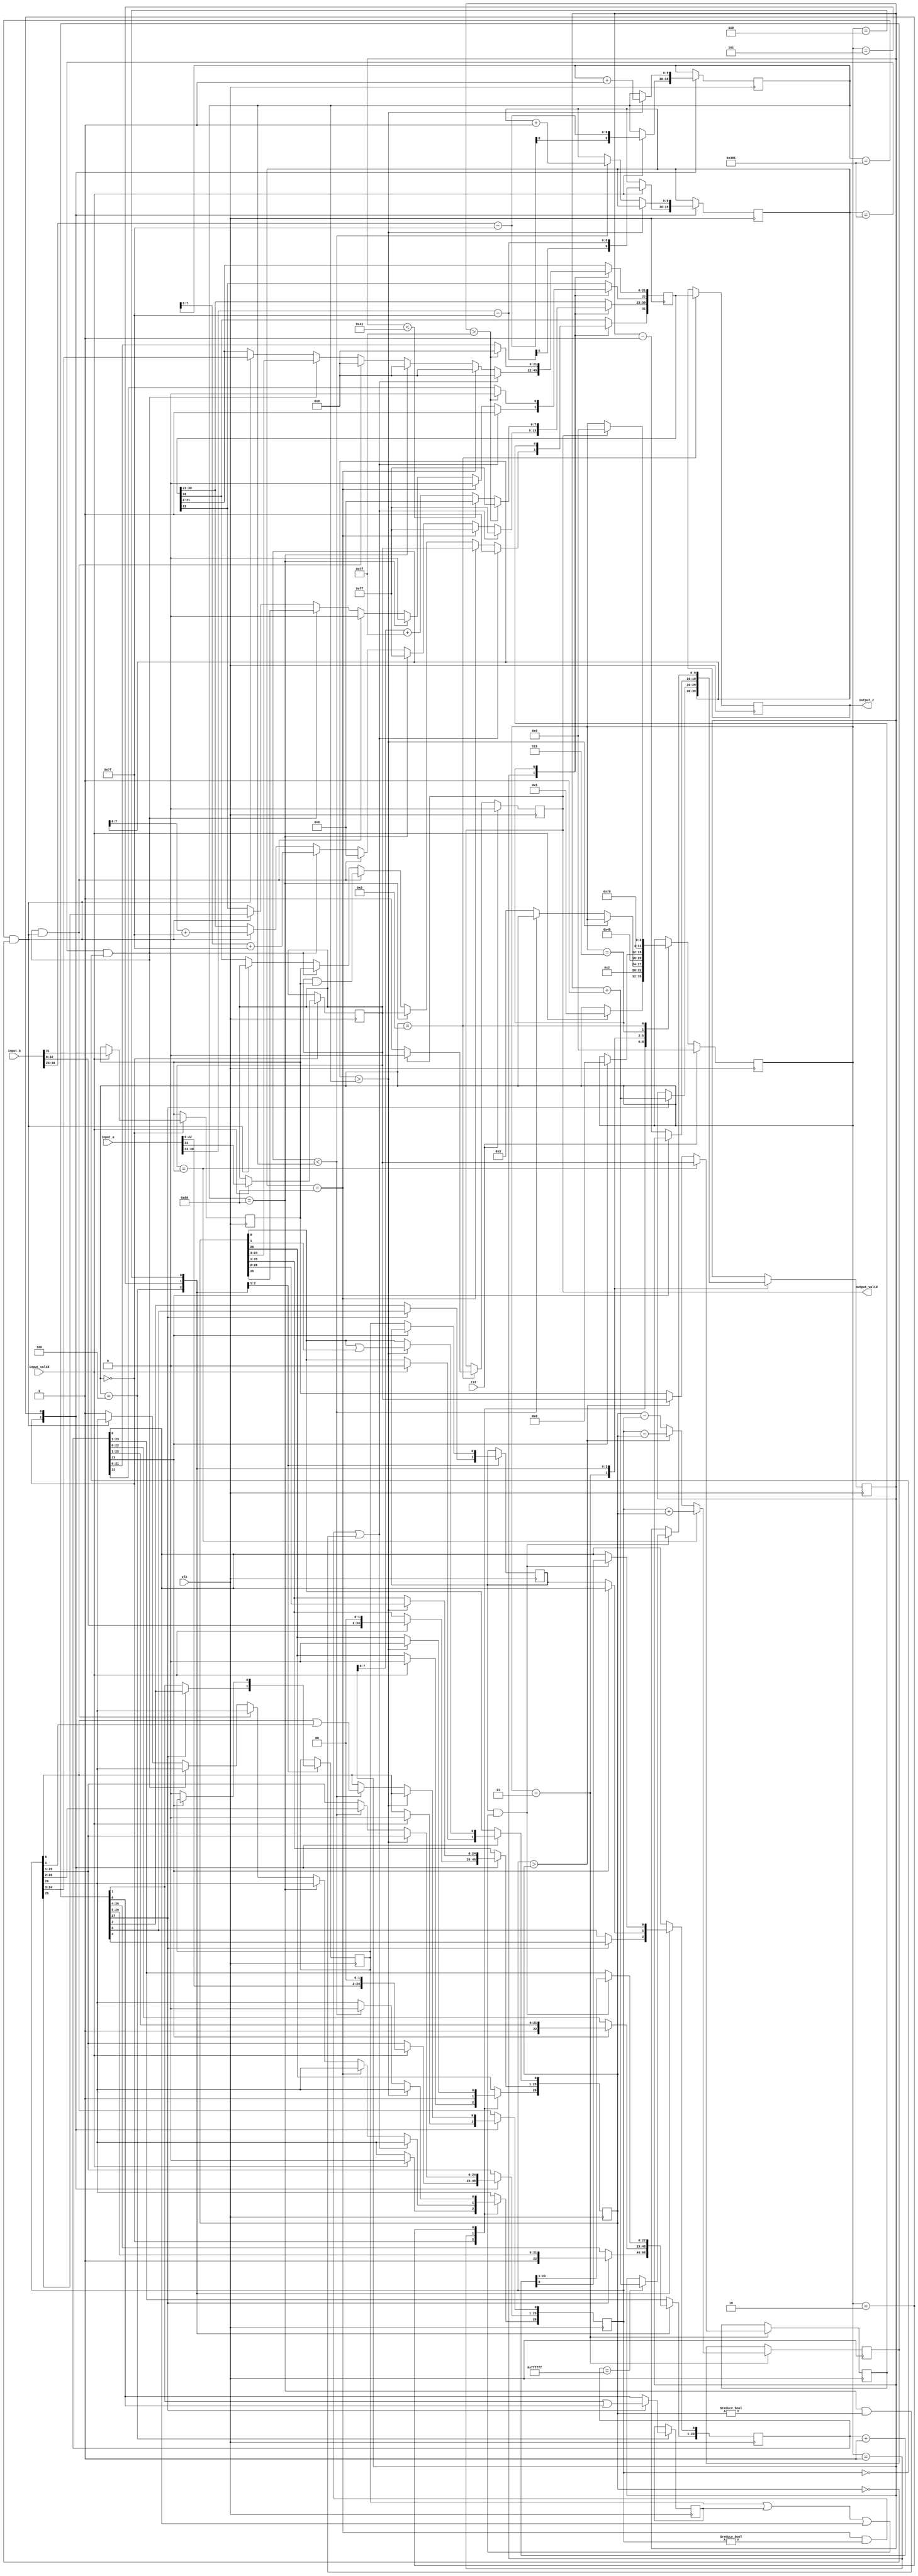
`timescale 1ns / 1ps
//////////////////////////////////////////////////////////////////////////////////
// Company: 
// 
// Design Name:    
// Module Name:    adder 
// Project Name: 
// Target Devices: 
// Tool versions: 
// Description: 
//
// Dependencies: 
//
// Revision: 
// Revision 0.01 - File Created
// Additional Comments: 
//thanks to JON DAWSON
//https://github.com/dawsonjon/fpu
//////////////////////////////////////////////////////////////////////////////////

module adder(
        input_a,//first input
        input_b,//second input
        input_valid,
        clk,
        rst,
        output_z,//output
        output_valid//output valid
       );

  input     clk;
  input     rst;
  //enter the parameters here
  parameter n = 32,
	    exponent = 8,
	    fraction = 23;

  input     [n-1:0] input_a;
  input     [n-1:0] input_b;
  input     input_valid;   
  
  

  output    [n-1:0] output_z;
  output    output_valid;


  reg       s_output_valid;
  reg       [n-1:0] s_output_z;


  reg       [3:0] state;
  
  parameter get_input     = 4'd0,
            special_cases = 4'd1,
            align         = 4'd2,
            add_0         = 4'd3,
            add_1         = 4'd4,
            normalise_1   = 4'd5,
            round         = 4'd6,
            pack          = 4'd7,   
            put_z         = 4'd8;

  reg       [n-1:0]z;
  reg       [fraction+3:0] a_m, b_m;
  reg       [fraction:0] z_m;
  reg       [exponent+1:0] a_e, b_e, z_e;
  reg       a_s, b_s, z_s;
  reg       guard, round_bit, sticky;
  reg       [fraction+4:0] sum;
  reg       flag;

  
 
  
  always @(posedge clk)
  begin

  case(state)
 //#########################################################################################################//
 //seperate both the numbers into mantissa,exponent and sign bits
 get_input:
  begin
   if(input_valid)
    begin
	a_m <= {input_a[(fraction-1): 0], 3'd0};//mantissa
 	b_m <= {input_b[(fraction-1) : 0], 3'd0};

	a_e <= input_a[fraction+exponent-1:fraction] - {(exponent-1){1'b1}}; //exponential - bias
 	b_e <= input_b[fraction+exponent-1:fraction] - {(exponent-1){1'b1}};
	    
 	a_s <= input_a[n-1];//sign bit
 	b_s <= input_b[n-1];
 
 state <= special_cases;
end 
end	
 //#########################################################################################################//
//consider the special cases that can affect the output 
special_cases:
 begin //1
 //if a is NaN or b is NaN return NaN 
 if ((a_e == {1'b1,{(exponent-1){1'b0}}} && a_m != 0) || b_e =={1'b1,{(exponent-1){1'b0}}} && b_m != 0)
 //all ones in exponent and not all 0s in mantissa would activate this
	begin
    z[n-1] <= 1;
    z[fraction+exponent-1:fraction] <= {exponent{1'b1}};
    z[fraction-1] <= 1;
    z[(fraction-2): 0] <= 0;
	 state <= put_z;   
	end
	
 //if a is infinity result is infinity
 else if (a_e == {1'b1,{(exponent-1){1'b0}}})
 //all ones in exponent and  all 0s in mantissa in a would activate this
 begin
  z[n-1] <= a_s;
  z[fraction+exponent-1:fraction] <= {exponent{1'b1}};
  z[fraction-1:0] <= 0;
  state <= put_z;
 end 
 
 //if b is infinity result is infinity	
 else if (b_e == {1'b1,{(exponent-1){1'b0}}})
 //all ones in exponent and  all 0s in mantissa in b would activate this
 begin
  z[n-1] <= a_s;
  z[fraction+exponent-1:fraction] <= {exponent{1'b1}};
  z[fraction-1:0] <= 0;
  state <= put_z;  
 end 
 
  //if a and b are zero return 0 
  else if ((($signed(a_e) == -{exponent-1{1'b1}}) && (a_m == 0)) && (($signed(b_e) == -{exponent-1{1'b1}}) && (b_m == 0)))
//all zeros in a and b would activate this  
  begin
          z[n-1] <= a_s & b_s;
          z[fraction+exponent-1:fraction] <= 0;
          z[fraction-1:0] <= 0;
          state <= put_z;
  end 
  //if a is zero return b 
  else if (($signed(a_e) == -{exponent-1{1'b1}}) && (a_m == 0)) 
  //all zeros in a would return b
  begin
          z[n-1] <= b_s;
          z[fraction+exponent-1:fraction] <= b_e[exponent-1:0] + {exponent-1{1'b1}};
          z[fraction-1:0] <= b_m[fraction+3:3];
          state <= put_z;
  end 
  
  //if b is zero return a 
  else if (($signed(b_e) == -{exponent-1{1'b1}}) && (b_m == 0))
  //all zeros in a would return b
  begin
          z[n-1] <= a_s;
          z[fraction+exponent-1:fraction] <= a_e[exponent-1:0] + {exponent-1{1'b1}};
          z[fraction-1:0] <= a_m[fraction+3:3];
          state <= put_z;
  end
  
  else   
			 a_m[fraction+3] <= 1;
			 b_m[fraction+3] <= 1;
			 state <= align;
  end
 //#########################################################################################################//
  //make the exponents of the two numbers same by increasing the power of the smaller number to match the power of the bigger number
align:
 begin
   if ($signed(a_e) > $signed(b_e)) begin
     b_e <= b_e + 1;
     b_m <= b_m >> 1;
     b_m[0] <= b_m[0] | b_m[1];
   end else if ($signed(a_e) < $signed(b_e)) begin
     a_e <= a_e + 1;
     a_m <= a_m >> 1;
     a_m[0] <= a_m[0] | a_m[1];
   end else begin
     state <= add_0;
   end
 end
 //#########################################################################################################//
  // Add the mantissa depending upon the sign bit 
add_0:
 begin
   z_e <= a_e;
   if (a_s == b_s) begin
     sum <= {1'd0, a_m} + b_m;
     z_s <= a_s;
   end else begin
     if (a_m > b_m) begin
       sum <= {1'd0, a_m} - b_m;
       z_s <= a_s;
     end else begin
       sum <= {1'd0, b_m} - a_m;
       z_s <= b_s;
     end
   end
   state <= add_1;
 end
//#########################################################################################################//
  //calculate the mantissa
add_1:
 begin
   if (sum[fraction+4]) begin
     z_m <= sum[fraction+4:4];
     guard <= sum[3];
     round_bit <= sum[2];
     sticky <= sum[1] | sum[0];
     z_e <= z_e + 1;
   end else begin
     z_m <= sum[fraction+3:3];
     guard <= sum[2];
     round_bit <= sum[1];
     sticky <= sum[0];
   end
   state <= normalise_1;
 end
//#########################################################################################################//
normalise_1:
  //normalise the number 
 begin
   if (z_m[fraction] == 0) begin
     z_e <= z_e - 1;
     z_m <= z_m << 1;
     z_m[0] <= guard;
     guard <= round_bit;
     round_bit <= 0;
   end else begin
     state <= round;
   end
 end
//#########################################################################################################//
round:
//round the number
 begin
   if (guard && (round_bit | sticky | z_m[0])) begin
     z_m <= z_m + 1;
     if (z_m == {(fraction+1){1'b1}}) begin
       z_e <=z_e + 1;
     end
   end
   state <= pack;    
 end
//#########################################################################################################//
//get the result in the output format  
pack:
 begin
  z[fraction-1:0] <= z_m[fraction-1:0];
  z[fraction+exponent-1:fraction] <= $signed(z_e) + $signed({1'b0,{(exponent-1){1'b1}}});
  z[n-1] <= z_s;
  if ($signed(z_e) < $signed({1'b1,{exponent-3{1'b0}},1'b1})) begin
	 flag <= 1;
    z[fraction+exponent-1:fraction] <= 0;   
  end
 //if overflow occurs, return inf
 if ($signed(z_e)> $signed({1'b0,{(exponent-1){1'b1}}})) begin
   z[fraction-1:0] <= 0;
   z[fraction+exponent-1:fraction] <= {(exponent){1'b1}};
   z[n-1] <= z_s;
 end
  state <= put_z;
 end   
//#########################################################################################################//
 //put the output on the output port	 
put_z:
 begin
   s_output_valid <= 1;
   s_output_z <= z;
   if (s_output_valid ) begin
     s_output_valid <= 0;
     state <= get_input;
   end
 end
 endcase 
 
 if (rst == 1) 
 begin
      state <= get_input;
      s_output_valid <= 0;
		flag <= 0;
 end

 end
  assign output_valid = s_output_valid;
  assign output_z = s_output_z;
 endmodule